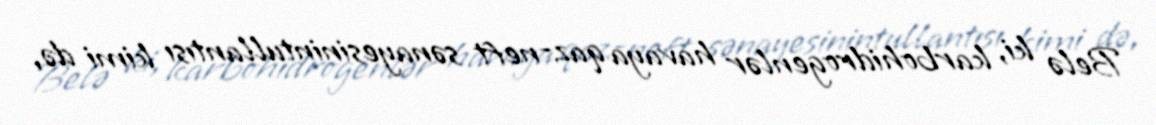
Belə ki, karbohidrogenlər havaya qaz-neft sənayesinintullantısı kimi də,